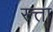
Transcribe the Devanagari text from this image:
स्त्ता